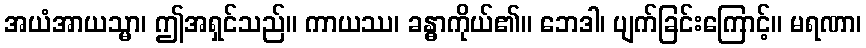
အယံအာယသ္မာ၊ ဤအရှင်သည်။ ကာယဿ၊ ခန္ဓာကိုယ်၏။ ဘေဒါ၊ ပျက်ခြင်းကြောင့်။ မရဏာ၊